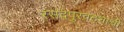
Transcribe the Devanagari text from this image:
रसदपुरवठ्याची